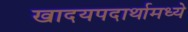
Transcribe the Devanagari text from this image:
खादयपदार्थामध्ये